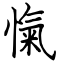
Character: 愾